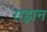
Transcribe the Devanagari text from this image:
राड़ान